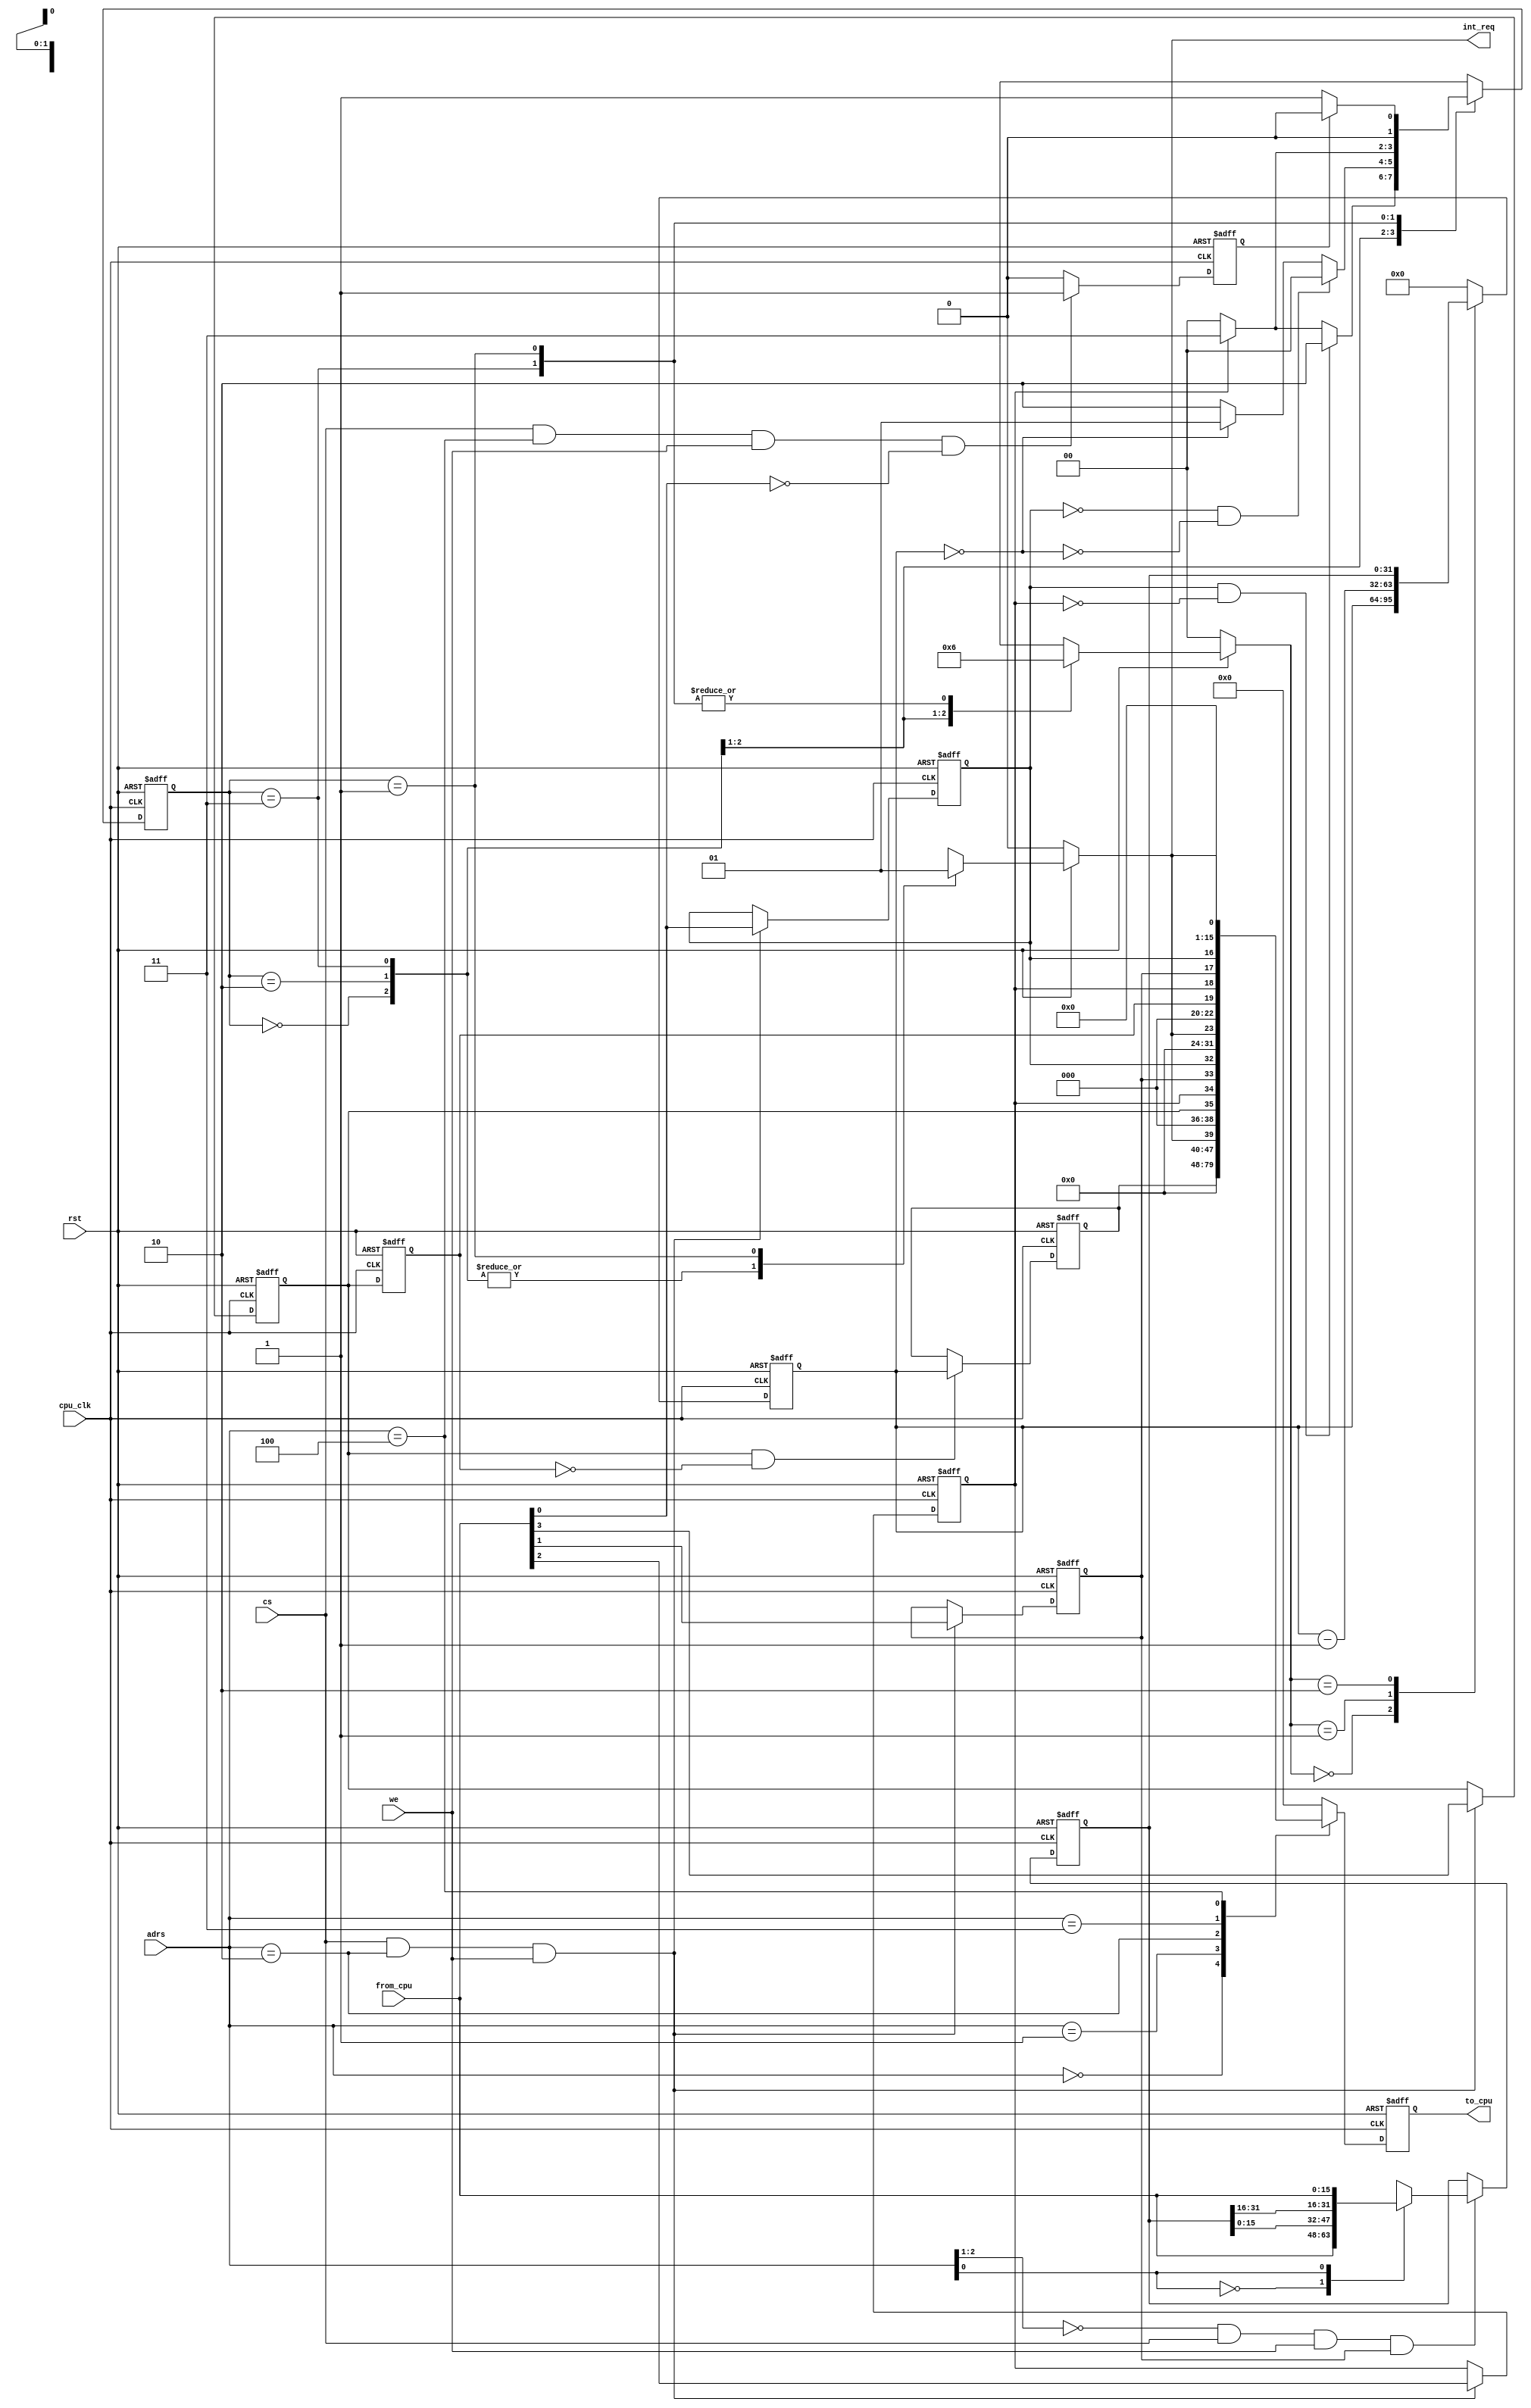
//////////////////////////////////////////////////////
//  timer interface for PICO16a bus system
//////////////////////////////////////////////////////

// Internal status
`define IDLE      2'b00
`define WORK      2'b10
`define LOAD      2'b11
`define INTR      2'b01

module timer
  (
   //-- input --//
   from_cpu,
   cpu_clk,
   rst,
   cs,
   we,
   adrs,

   //-- output --//
   int_req,
   to_cpu
  );

   //-- input
   input                   cpu_clk;
   input                   rst;
   input                   we;
   input                   cs;
   input [2:0]             adrs;
   input [15:0]            from_cpu;
   //-- output
   output [15:0]           to_cpu;
   output                  int_req;

   //-- wires
   wire                    zero_detect;
   wire [15:0]             out_control;
   wire [15:0]             out_status;
   // internal registers
   reg [31:0]              init_value;
   reg                     run;
   reg [31:0]              counter;
   reg [31:0]              count_in;
   reg [1:0]               status;
   reg                     init_load;
   reg                     init_we;
   reg                     read;
   reg                     read_finish;
   reg [31:0]              data;
   reg [15:0] 		   to_cpu; 			   

   reg [1:0]               count_sel;
   reg                     interrupt;
   reg                     int_ack;

   // [control unit]
   //     * state transition
   always @(posedge cpu_clk or negedge rst) begin
      if(!rst) status <= `IDLE;
      else begin
        case(status)
		  `IDLE: if(run & !init_load)			status <= `WORK;
               else if(init_load)     		status <= `LOAD;
               else                     	status <= `IDLE;
	  // Complete following state transitions(WORK, LOAD, INTR).
		  `WORK: if (!run & !zero_detect)	status <= `IDLE;
					else if (zero_detect)		status <= `INTR;
					else								status <= `WORK;
		  `LOAD: if (!init_load)				status <= `IDLE;
					else 								status <= `LOAD;
		  `INTR: if (int_ack)					status <= `IDLE;
					else								status <= `INTR;
        default: status <= `IDLE;
        endcase
      end
   end

   // [control unit]
   //     * output generation
   always @(status or rst) begin
      if(!rst) begin
         count_sel <= 2'b0;
         interrupt <= 1'b0;
      end
      else begin
         case(status)
         `IDLE: begin
                   count_sel <= 2'b00;
                   interrupt <= 1'b0;
                end
	   // Complete following outputs of each state(WORK, LOAD, INTR).
         `WORK: begin
						count_sel <= 2'b01;
						interrupt <= 1'b0;
					 end
			`LOAD: begin
						count_sel <= 2'b10;
						interrupt <= 1'b0;
					 end
			`INTR: begin
						count_sel <= 2'b10;
						interrupt <= 1'b1;
					 end
         default: begin
                     count_sel <= 2'b00;
                     interrupt <= 1'b0;
                  end
         endcase
      end
   end

   // initial value of counter
   always @(posedge cpu_clk or negedge rst) begin
      if(!rst) init_value <= 32'b0;
      else begin
         if((adrs[2:1] == 2'b00) & cs & we & init_we) begin
            case(adrs[0])
		    1'b0:    init_value <= {from_cpu,          init_value[15:0]};
		    1'b1:    init_value <= {init_value[31:16], from_cpu};
		    default: init_value <= 32'b0;
		    endcase
         end
      end
   end

   // multiplexor for counter's input
   always @(counter or
            init_value or
            count_sel) begin
      case(count_sel)
      2'b00:   count_in <= counter;
      2'b01:   count_in <= counter - 32'h00000001;
      2'b10:   count_in <= init_value;
      default: count_in <= 32'b0;
      endcase
   end

   // counter
   always @(posedge cpu_clk or negedge rst) begin
      if(!rst) counter <= 32'b0;
      else begin
         counter <= count_in;
      end
   end

   // zero detect
   assign zero_detect = (counter == 32'h00000000);

   // control registers [input side]
   always @(posedge cpu_clk or negedge rst) begin
      if(!rst) begin
         read      <= 1'b0;
         init_load <= 1'b0;
         init_we   <= 1'b0;
         run       <= 1'b0;
      end
      else begin
         if(cs & adrs == 3'b010 & we) begin
            read      <= from_cpu[3];
            init_load <= from_cpu[2];
            init_we   <= from_cpu[1];
            run       <= from_cpu[0];
         end
      end
   end

   always @(posedge cpu_clk or negedge rst) begin
      if(!rst) int_ack <= 1'b0;
      else
         if((cs & adrs == 3'b100 & we & !from_cpu[0])) int_ack <= 1'b1;
		 else int_ack <= 1'b0;
   end
   
   // register for "finish reading"
   always @(posedge cpu_clk or negedge rst) begin
      if(!rst) read_finish <= 1'b0;
      else read_finish <= read;
   end

   // data regsiter
   always @(posedge cpu_clk or negedge rst) begin
      if(!rst)      data <= 32'b0;
      else if(read & !read_finish) data <= counter;
   end

   assign out_control = {8'b0, interrupt, 3'b0, read,        init_load, init_we, run};
   assign out_status  = {8'b0, interrupt, 3'b0, read_finish, init_load, init_we, run};

   always @(posedge cpu_clk or negedge rst) begin
      if(!rst) to_cpu <= 16'b0;
      else begin
         case(adrs)
         3'b000:  to_cpu <= data[31:16];
         3'b001:  to_cpu <= data[15: 0];
         3'b010:  to_cpu <= out_control;
         3'b011:  to_cpu <= out_status;
         3'b100:  to_cpu <= {15'b0, interrupt};
         default: to_cpu <= 16'b0;
         endcase
      end
   end

   // output "int_req"
   assign int_req = interrupt;

endmodule